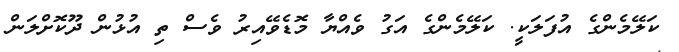
ކަލޭމެންގެ އުފަލަކީ. ކަލޭމެންގެ އަގު ވެއްޔާ މޮޑެވޭއިރު ވެސް ތި އުޅުން ދޫކޮށްލަން